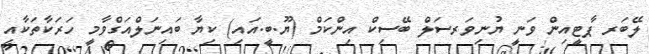
ލޭބަރ ޕާޓީއިން ވަނީ ޔުނިވަރސަލް ބޭސިކް އިންކަމް (ޔޫ.ބީ.އައި) ކިޔާ ބައިނަލްއަގްވާމީ ހަރަކާތަކާއި